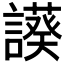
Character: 𧬧